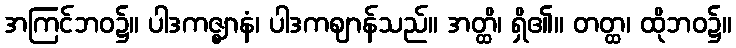
အကြင်ဘဝ၌။ ပါဒကဇ္ဈာနံ၊ ပါဒကဈာန်သည်။ အတ္ထိ၊ ရှိ၏။ တတ္ထ၊ ထိုဘဝ၌။